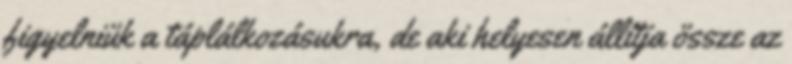
figyelniük a táplálkozásukra, de aki helyesen állítja össze az